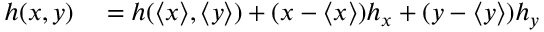
\begin{array} { r l } { h ( x , y ) } & { { } = h ( \langle x \rangle , \langle y \rangle ) + ( x - \langle x \rangle ) h _ { x } + ( y - \langle y \rangle ) h _ { y } } \end{array}